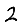
Digit: 2